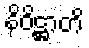
နိဝိဋ္ဌာတိ